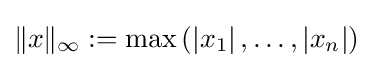
\|x\|_{\infty }:=\max \left(\left|x_{1}\right|,\ldots ,\left|x_{n}\right|\right)